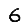
Digit: 6